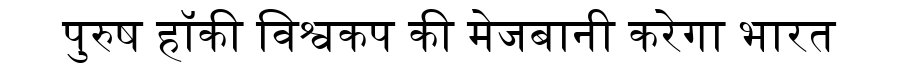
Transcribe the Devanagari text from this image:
पुरुष हॉकी विश्वकप की मेजबानी करेगा भारत